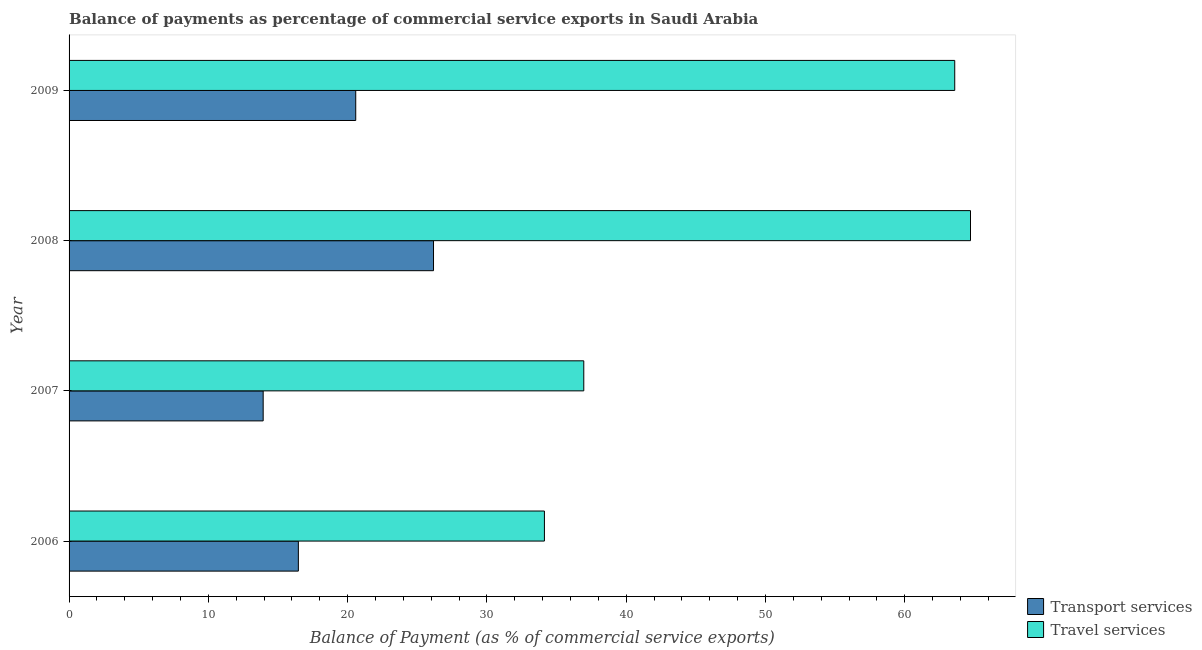
| Year | Transport services | Travel services |
 | --- | --- | --- |
 | 2006 | 16.5 | 34.1 |
 | 2007 | 13.9 | 37 |
 | 2008 | 26.2 | 64.7 |
 | 2009 | 20.6 | 63.6 |